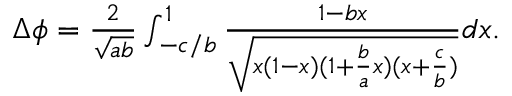
\begin{array} { r } { \Delta \phi = \frac { 2 } { \sqrt { a b } } \int _ { - c / b } ^ { 1 } \frac { 1 - b x } { \sqrt { x ( 1 - x ) ( 1 + \frac { b } { a } x ) ( x + \frac { c } { b } ) } } d x . } \end{array}